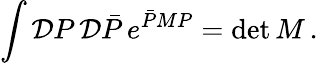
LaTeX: \int{\cal D}P\, {\cal D}\bar{P}\, e^{\bar{P}MP}=\operatorname*{det}M\, .